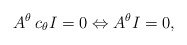
\begin{align*}A_{}^{\theta} \: c_\theta I = 0 \Leftrightarrow A_{}^{\theta} I = 0,\end{align*}